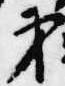
第